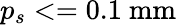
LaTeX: p_{s}<=0.1~\textrm{mm}